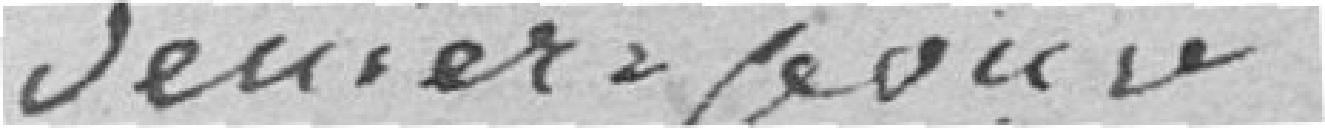
deniers par